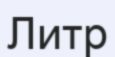
Литр